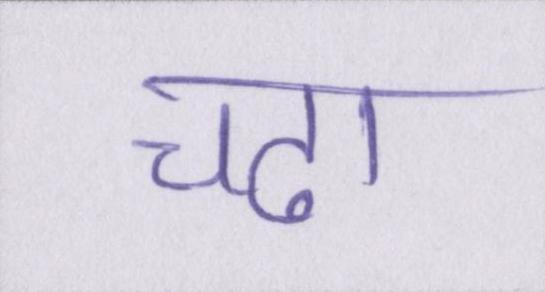
चढा